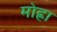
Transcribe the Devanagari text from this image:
मोह्रा